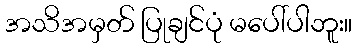
အသိအမှတ် ပြုချင်ပုံ မပေါ်ပါဘူး။